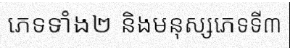
ភេទទាំង២ និងមនុស្សភេទទី៣